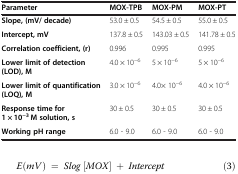
<table><thead><tr><td><b>Parameter</b></td><td><b>MOX-TPB</b></td><td><b>MOX-PM</b></td><td><b>MOX-PT</b></td></tr></thead><tbody><tr><td><b>Slope, (mV/ decade)</b></td><td>53.0 ± 0.5</td><td>54.5 ± 0.5</td><td>55.0 ± 0.5</td></tr><tr><td><b>Intercept, mV</b></td><td>137.8 ± 0.5</td><td>143.03 ± 0.5</td><td>141.78 ± 0.5</td></tr><tr><td><b>Correlation coefficient, (r)</b></td><td>0.996</td><td>0.995</td><td>0.995</td></tr><tr><td><b>Lower limit of detection (LOD), M</b></td><td>4.0 × 10<sup>−6</sup></td><td>5 × 10<sup>−6</sup></td><td>5 × 10<sup>−6</sup></td></tr><tr><td><b>Lower limit of quantification (LOQ), M</b></td><td>3.0 × 10<sup>−6</sup></td><td>4.0× 10<sup>−6</sup></td><td>4.0 × 10<sup>−6</sup></td></tr><tr><td><b>Response time for 1 × 10</b><sup><b>−3</b></sup> <b>M solution, s</b></td><td>30 ± 0.5</td><td>30 ± 0.5</td><td>30 ± 0.5</td></tr><tr><td><b>Working pH range</b></td><td>6.0 - 9.0</td><td>6.0 - 9.0</td><td>6.0 - 9.0</td></tr></tbody></table>